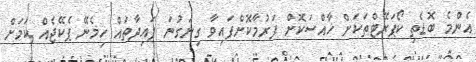
އެންމެ ބޮޑެތި ކޯޕަރޭޓްތަކަށް ޚާއްސަކޮށް ފަރުމާކޮށްފައިވާ ގިނަގުނަ ފައިދާތައް ހިމެނޭ ޕެކޭޖެއް ކަމަށް